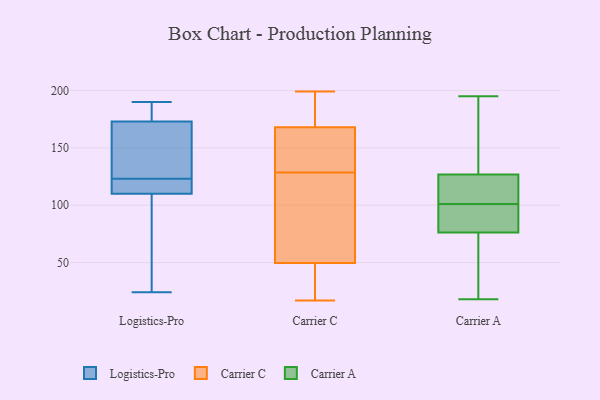
{"axis": {"x": "Production Output", "y": "Value"}, "legend": ["Carrier A", "Carrier C", "Logistics-Pro"], "data": [{"x": "", "y": 173, "type": "Logistics-Pro"}, {"x": "", "y": 149, "type": "Logistics-Pro"}, {"x": "", "y": 24, "type": "Logistics-Pro"}, {"x": "", "y": 187, "type": "Logistics-Pro"}, {"x": "", "y": 71, "type": "Logistics-Pro"}, {"x": "", "y": 110, "type": "Logistics-Pro"}, {"x": "", "y": 114, "type": "Logistics-Pro"}, {"x": "", "y": 125, "type": "Logistics-Pro"}, {"x": "", "y": 121, "type": "Logistics-Pro"}, {"x": "", "y": 190, "type": "Logistics-Pro"}, {"x": "", "y": 61, "type": "Carrier C"}, {"x": "", "y": 199, "type": "Carrier C"}, {"x": "", "y": 38, "type": "Carrier C"}, {"x": "", "y": 181, "type": "Carrier C"}, {"x": "", "y": 141, "type": "Carrier C"}, {"x": "", "y": 144, "type": "Carrier C"}, {"x": "", "y": 198, "type": "Carrier C"}, {"x": "", "y": 36, "type": "Carrier C"}, {"x": "", "y": 67, "type": "Carrier C"}, {"x": "", "y": 24, "type": "Carrier C"}, {"x": "", "y": 17, "type": "Carrier C"}, {"x": "", "y": 128, "type": "Carrier C"}, {"x": "", "y": 171, "type": "Carrier C"}, {"x": "", "y": 129, "type": "Carrier C"}, {"x": "", "y": 165, "type": "Carrier C"}, {"x": "", "y": 61, "type": "Carrier C"}, {"x": "", "y": 72, "type": "Carrier A"}, {"x": "", "y": 89, "type": "Carrier A"}, {"x": "", "y": 52, "type": "Carrier A"}, {"x": "", "y": 123, "type": "Carrier A"}, {"x": "", "y": 63, "type": "Carrier A"}, {"x": "", "y": 194, "type": "Carrier A"}, {"x": "", "y": 91, "type": "Carrier A"}, {"x": "", "y": 191, "type": "Carrier A"}, {"x": "", "y": 128, "type": "Carrier A"}, {"x": "", "y": 92, "type": "Carrier A"}, {"x": "", "y": 114, "type": "Carrier A"}, {"x": "", "y": 187, "type": "Carrier A"}, {"x": "", "y": 71, "type": "Carrier A"}, {"x": "", "y": 98, "type": "Carrier A"}, {"x": "", "y": 101, "type": "Carrier A"}, {"x": "", "y": 106, "type": "Carrier A"}, {"x": "", "y": 18, "type": "Carrier A"}, {"x": "", "y": 195, "type": "Carrier A"}, {"x": "", "y": 122, "type": "Carrier A"}]}